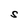
Character: S